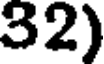
32)